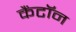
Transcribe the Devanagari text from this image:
कैंटॉन